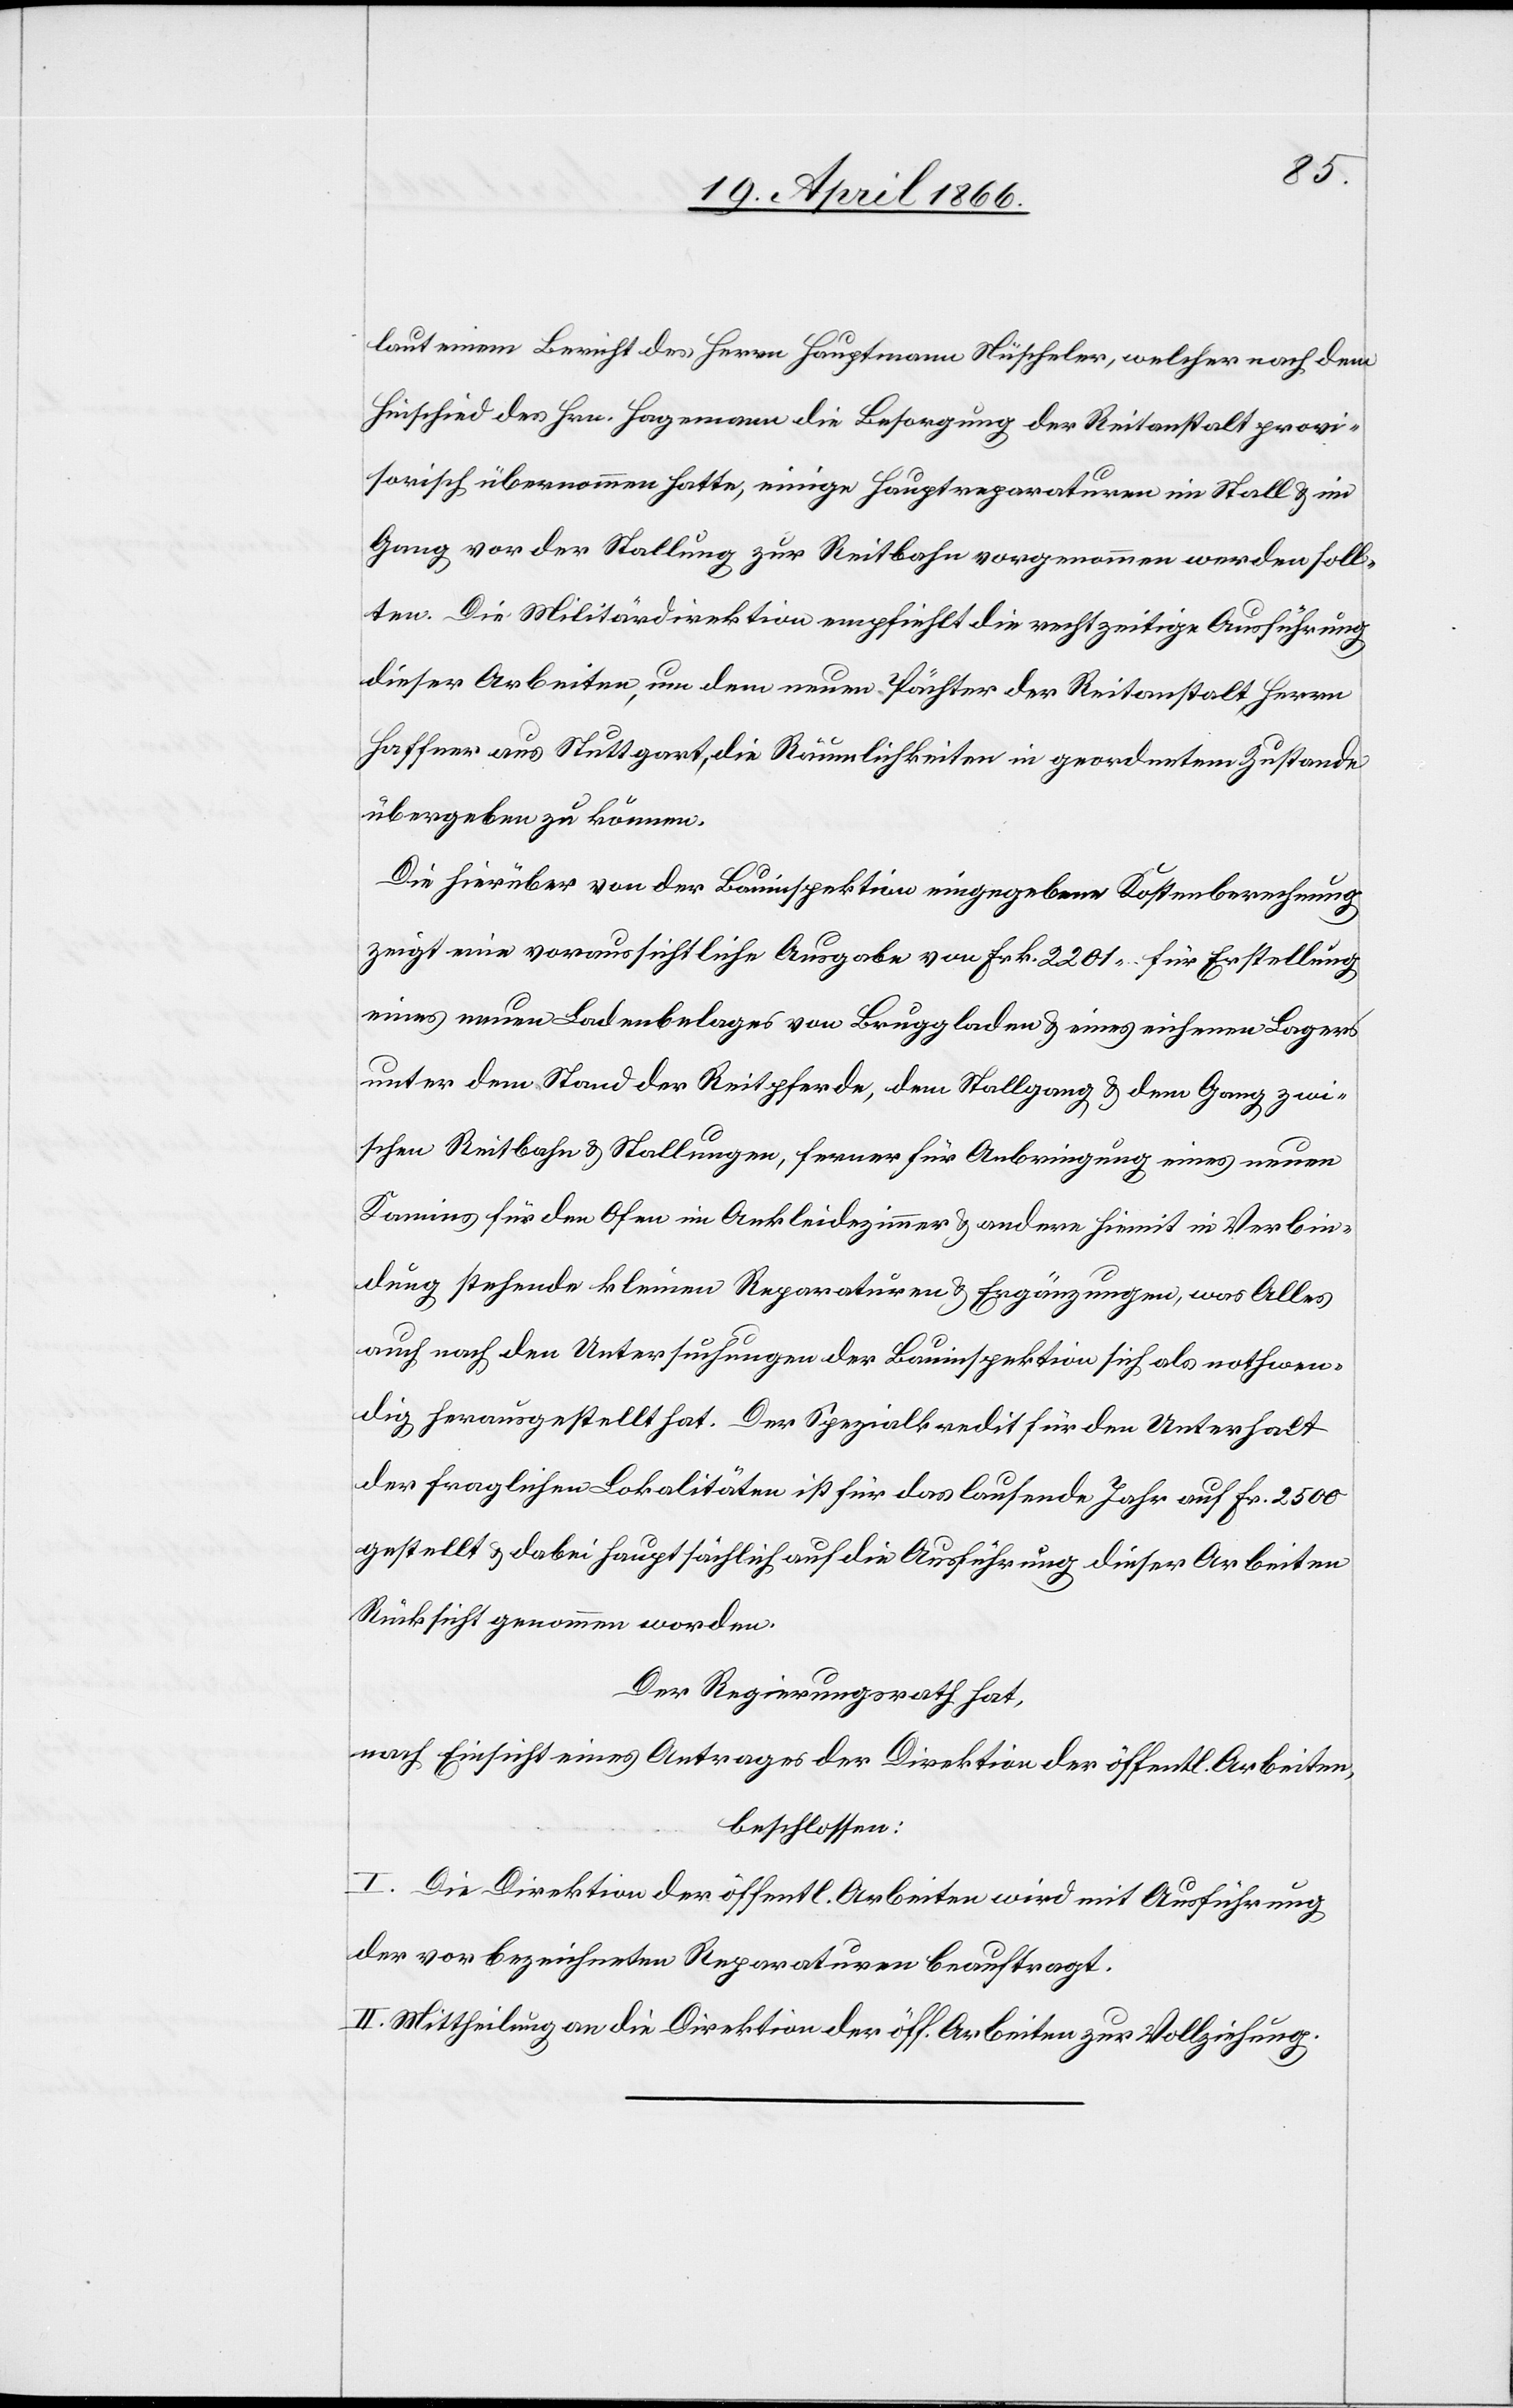
laut einem Bericht des Herrn Hauptmann Nüscheler, welcher nach dem
Hinschied des Hrn. Hagemann die Besorgung der Reitanstalt provi¬
sorisch übernommen hatte, einige Hauptreparaturen im Stall u. im
Gang vor der Stallung zur Reitbahn vorgenommen werden soll¬
ten. Die Militärdirektion empfiehlt die rechtzeitige Ausführung
dieser Arbeiten, um dem neuen Pächter der Reitanstalt Herrn
Haffner aus Stattgart, die Räumlichkeiten in geordnetem Zustande
übergeben zu können.
Die hierüber von der Bauinspektion eingegebenen Kostenberechnung
zeigt eine voraussichtliche Ausgabe von Frk. 2201.– für Erstellung
eines neuen Bodenbelages von Bruggladen u. eines eisernen Lagers
unter dem Stand der Reitpferde, dem Stallgang u. dem Gang zwi¬
schen Reitbahn u. Stallungen, ferner für Anbringung eines neuen
Kamins für den Ofen im Ankleidezimmer u. andern hiemit in Verbin¬
dung stehende kleinen Reparaturen u. Ergänzungen, was Alles
auch nach den Untersuchungen der Bauinspektion sich als nothwen¬
dig herausgestellt hat. Der Spezialkredit für den Unterhalt
der fraglichen Lokalitäten ist für das laufende Jahr auf Frk. 2500
gestellt u. dabei hauptsächlich auf die Ausführung dieser Arbeiten
Rücksicht genommen worden.
Der Regierungsrath hat,
nach Einsicht eines Antrages der Direktion der öffentl. Arbeiten,
beschlossen:
I. Die Direktion der öffentl. Arbeiten wird mit Ausführung
der vorbezeichneten Reparaturen beauftragt.
II. Mittheilung an die Direktion der öff. Arbeiten zur Vollziehung.